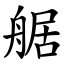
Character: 艍